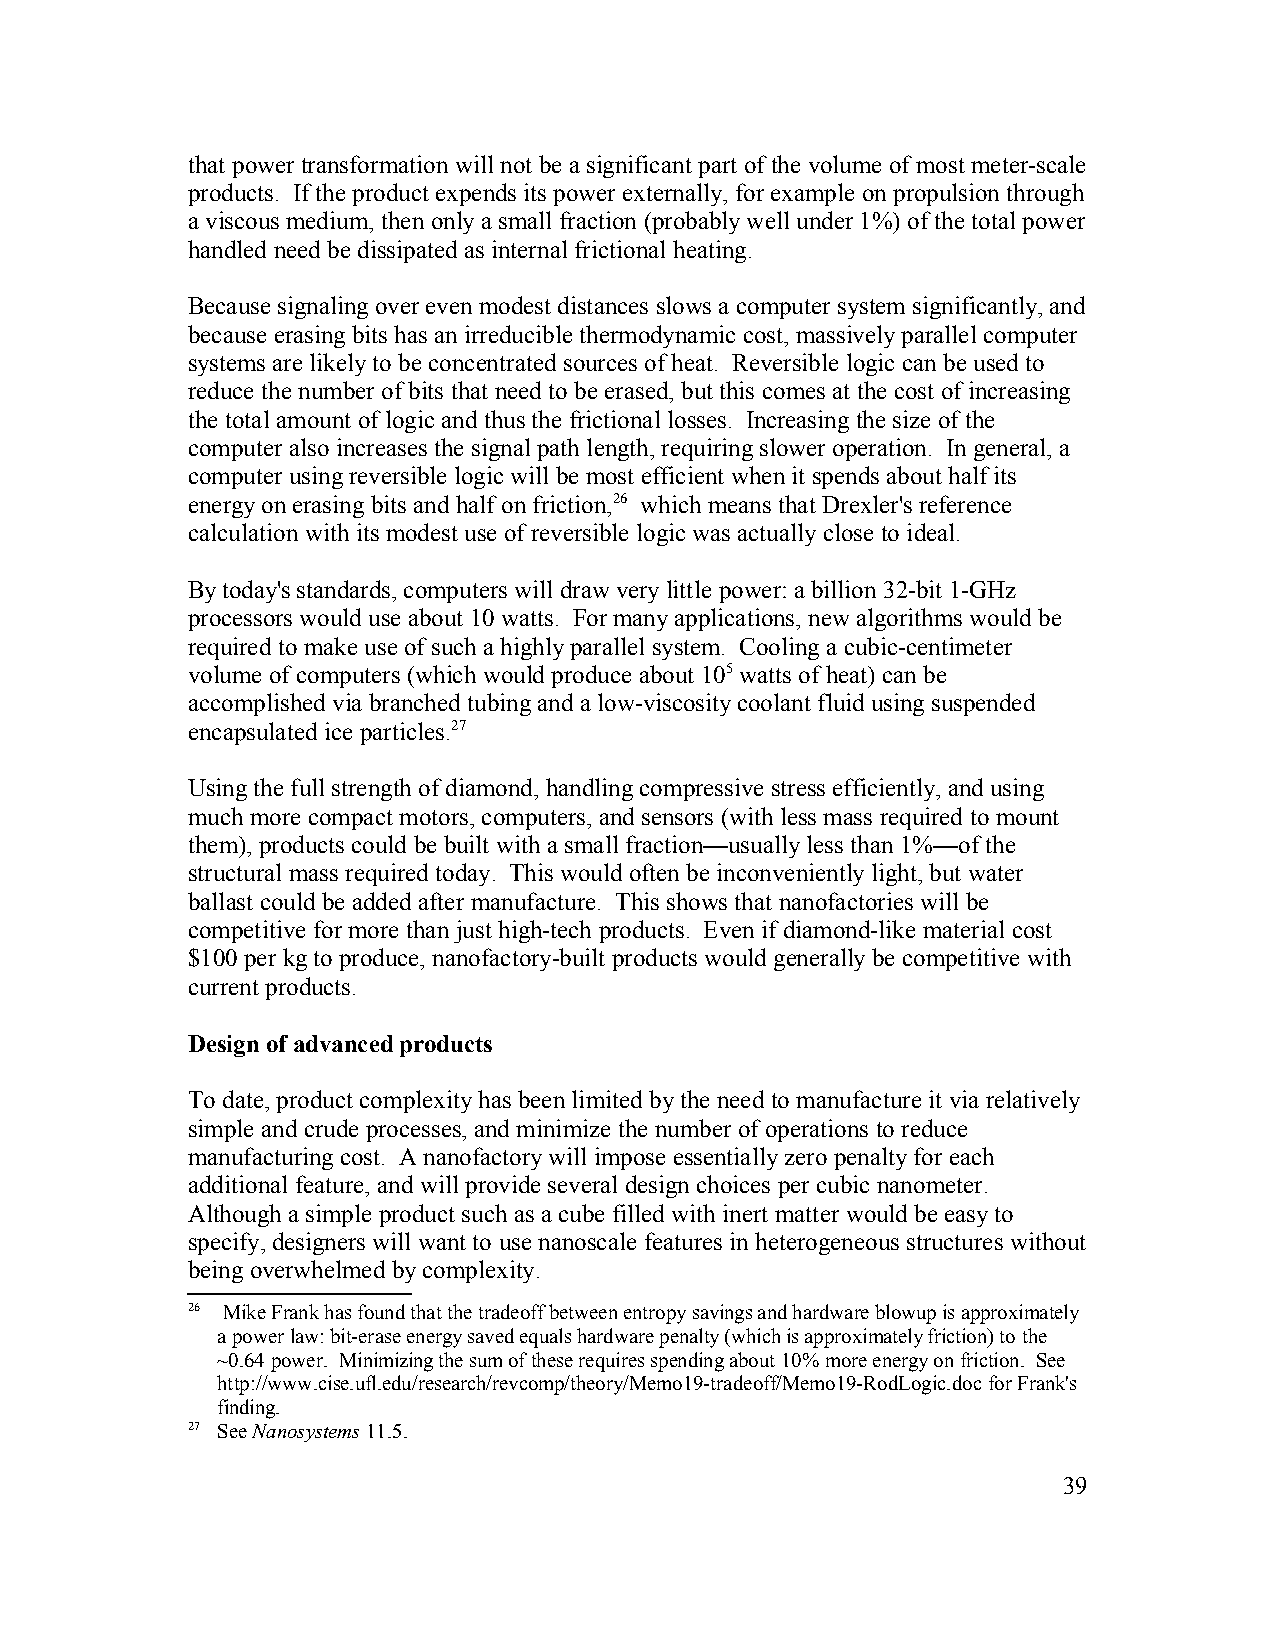
that power transformation will not be a significant part of the volume of most meter-scale
 products. If the product expends its power externally, for example on propulsion through
 a viscous medium, then only a small fraction (probably well under 1%) of the total power
 handled need be dissipated as internal frictional heating.
 Because signaling over even modest distances slows a computer system significantly, and
 because erasing bits has an irreducible thermodynamic cost, massively parallel computer
 systems are likely to be concentrated sources of heat. Reversible logic can be used to
 reduce the number of bits that need to be erased, but this comes at the cost of increasing
 the total amount of logic and thus the frictional losses. Increasing the size of the
 computer also increases the signal path length, requiring slower operation. In general, a
 computer using reversible logic will be most efficient when it spends about half its
 energy on erasing bits and half on friction,26 which means that Drexler's reference
 calculation with its modest use of reversible logic was actually close to ideal.
 By today's standards, computers will draw very little power: a billion 32-bit 1-GHz
 processors would use about 10 watts. For many applications, new algorithms would be
 required to make use of such a highly parallel system. Cooling a cubic-centimeter
 volume of computers (which would produce about 105 watts of heat) can be
 accomplished via branched tubing and a low-viscosity coolant fluid using suspended
 encapsulated ice particles.27
 Using the full strength of diamond, handling compressive stress efficiently, and using
 much more compact motors, computers, and sensors (with less mass required to mount
 them), products could be built with a small fraction—usually less than 1%—of the
 structural mass required today. This would often be inconveniently light, but water
 ballast could be added after manufacture. This shows that nanofactories will be
 competitive for more than just high-tech products. Even if diamond-like material cost
 $100 per kg to produce, nanofactory-built products would generally be competitive with
 current products.
 Design of advanced products
 To date, product complexity has been limited by the need to manufacture it via relatively
 simple and crude processes, and minimize the number of operations to reduce
 manufacturing cost. A nanofactory will impose essentially zero penalty for each
 additional feature, and will provide several design choices per cubic nanometer.
 Although a simple product such as a cube filled with inert matter would be easy to
 specify, designers will want to use nanoscale features in heterogeneous structures without
 being overwhelmed by complexity.
 26 Mike Frank has found that the tradeoff between entropy savings and hardware blowup is approximately
 a power law: bit-erase energy saved equals hardware penalty (which is approximately friction) to the
 ~0.64 power. Minimizing the sum of these requires spending about 10% more energy on friction. See
 http://www.cise.ufl.edu/research/revcomp/theory/Memo19-tradeoff/Memo19-RodLogic.doc for Frank's
 finding.
 27 See Nanosystems 11.5.
 39